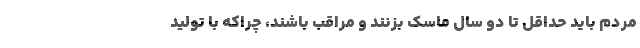
مردم باید حداقل تا دو سال ماسک بزنند و مراقب ‌باشند، چراکه با تولید